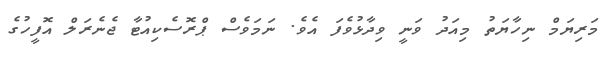
މަރިޔަމް ނިހާޔަތު މިއަދު ވަނީ ވިދާޅުވެފަ އެވެ. ނަމަވެސް ޕްރޮސެކިއުޓާ ޖެނެރަލް އޮފީހުގެ